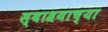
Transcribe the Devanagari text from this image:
स्वाश्रयाच्या